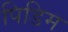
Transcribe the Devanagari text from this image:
पिडिम